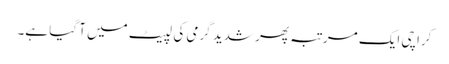
کراچی ایک مرتبہ پھر شدید گرمی کی لپیٹ میں آ گیا ہے۔